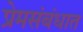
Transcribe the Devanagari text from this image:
प्रेमसंबंधात